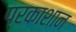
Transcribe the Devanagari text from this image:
प्रकाशान